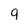
Character: 9